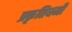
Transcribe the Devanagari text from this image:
प्रकृतिधर्मी